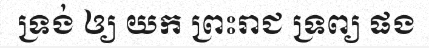
ទ្រង់ ឲ្យ យក ព្រះរាជ ទ្រព្យ ផង